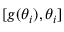
[ g ( \theta _ { i } ) , \theta _ { i } ]